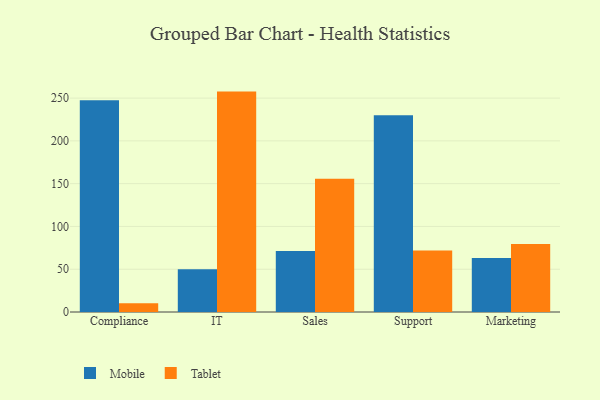
{"axis": {"x": "Department", "y": "Population (Million)"}, "legend": ["Mobile", "Tablet"], "data": [{"x": "Compliance", "y": 247.5, "type": "Mobile"}, {"x": "Compliance", "y": 10.2, "type": "Tablet"}, {"x": "IT", "y": 50.1, "type": "Mobile"}, {"x": "IT", "y": 257.6, "type": "Tablet"}, {"x": "Sales", "y": 71.3, "type": "Mobile"}, {"x": "Sales", "y": 155.6, "type": "Tablet"}, {"x": "Support", "y": 229.9, "type": "Mobile"}, {"x": "Support", "y": 71.9, "type": "Tablet"}, {"x": "Marketing", "y": 63.0, "type": "Mobile"}, {"x": "Marketing", "y": 79.5, "type": "Tablet"}]}